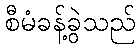
စီမံခန့်ခွဲသည်